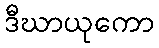
ဒီဃာယုကော